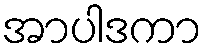
အာပါဒကာ